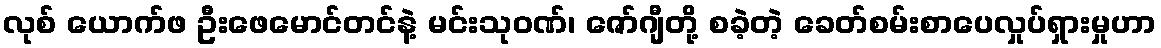
လုစ် ယောက်ဖ ဦးဖေမောင်တင်နဲ့ မင်းသုဝဏ်၊ ဇော်ဂျီတို့ စခဲ့တဲ့ ခေတ်စမ်းစာပေလှုပ်ရှားမှုဟာ